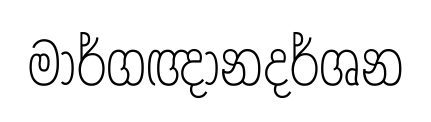
මාර්ගඥානදර්ශන